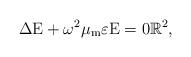
LaTeX: \begin{align*}\Delta \mathrm{E} + \omega^2\mu_\mathrm{m}\varepsilon \mathrm{E} = 0 \mathbb{R}^2,\end{align*}